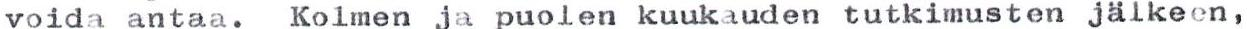
voida antaa. Kolmen ja puolen kuukauden tutkimusten jälkeen,